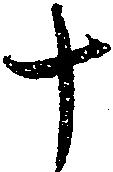
十